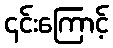
၎င်းကြောင့်